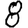
Digit: 8